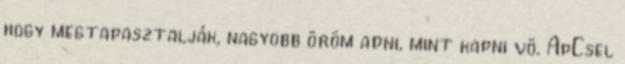
hogy megtapasztalják, nagyobb öröm adni, mint kapni vö. ApCsel